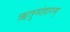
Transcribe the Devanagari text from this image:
ऋतुसंहारम्